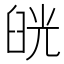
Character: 𦥰